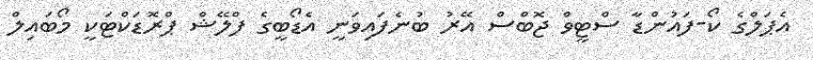
އެޕަލްގެ ކޯ-ފައުންޑާ ސްޓީވް ޖޮބްސް އޭރު ބުނެފައިވަނީ އެޑޯބީގެ ފްލޭޝް ޕްރޮޑަކްޓަކީ މޯބައިލް